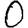
Digit: 0